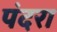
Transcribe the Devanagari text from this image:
पंदरा